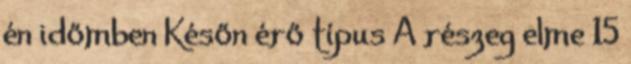
én időmben Későn érő típus A részeg elme 15